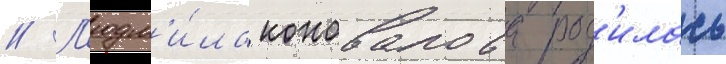
// Л'юдм'и́ла коновалова род'илась